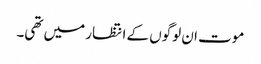
موت ان لوگوں کے انتظار میں تھی۔